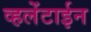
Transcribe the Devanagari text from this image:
व्हलेंटाईन